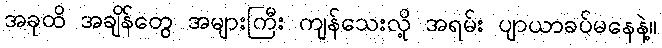
အခုထိ အချိန်တွေ အများကြီး ကျန်သေးလို့ အရမ်း ပျာယာခပ်မနေနဲ့။